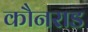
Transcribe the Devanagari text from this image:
कौनराड